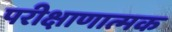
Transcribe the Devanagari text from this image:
परीक्षाणात्मक